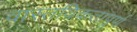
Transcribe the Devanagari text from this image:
वास्तविकतापूर्ण